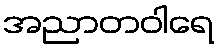
အညာတဝါရေ